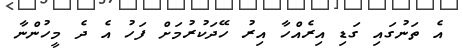
އެ ތަނުގައި ގަޑި އިރެއްހާ އިރު ހޭދަކުރުމަށް ފަހު އެ ދެ މީހުންނާ